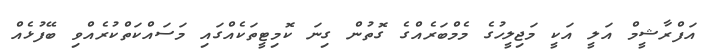
އަފްރާޝީމް އަލީ އަކީ މަޖިލީހުގެ މެމްބަރެއްގެ ގޮތުން ގިނަ ކޮމިޓީތަކެއްގައި މަސައްކަތްކުރެއްވި ބޭފުޅެއް